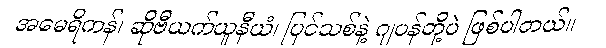
အမေရိကန်၊ ဆိုဗီယက်ယူနီယံ၊ ပြင်သစ်နဲ့ ဂျပန်တို့ပဲ ဖြစ်ပါတယ်။